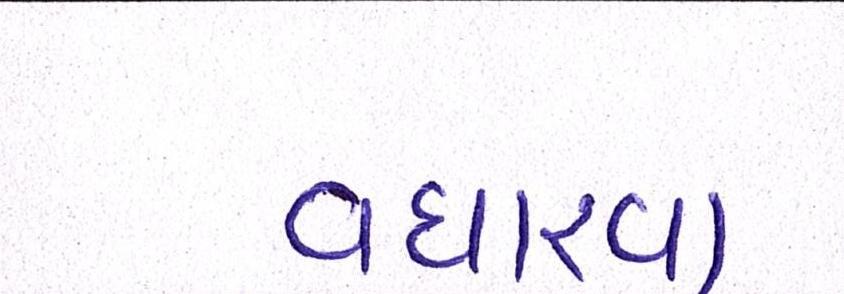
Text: વધારવા